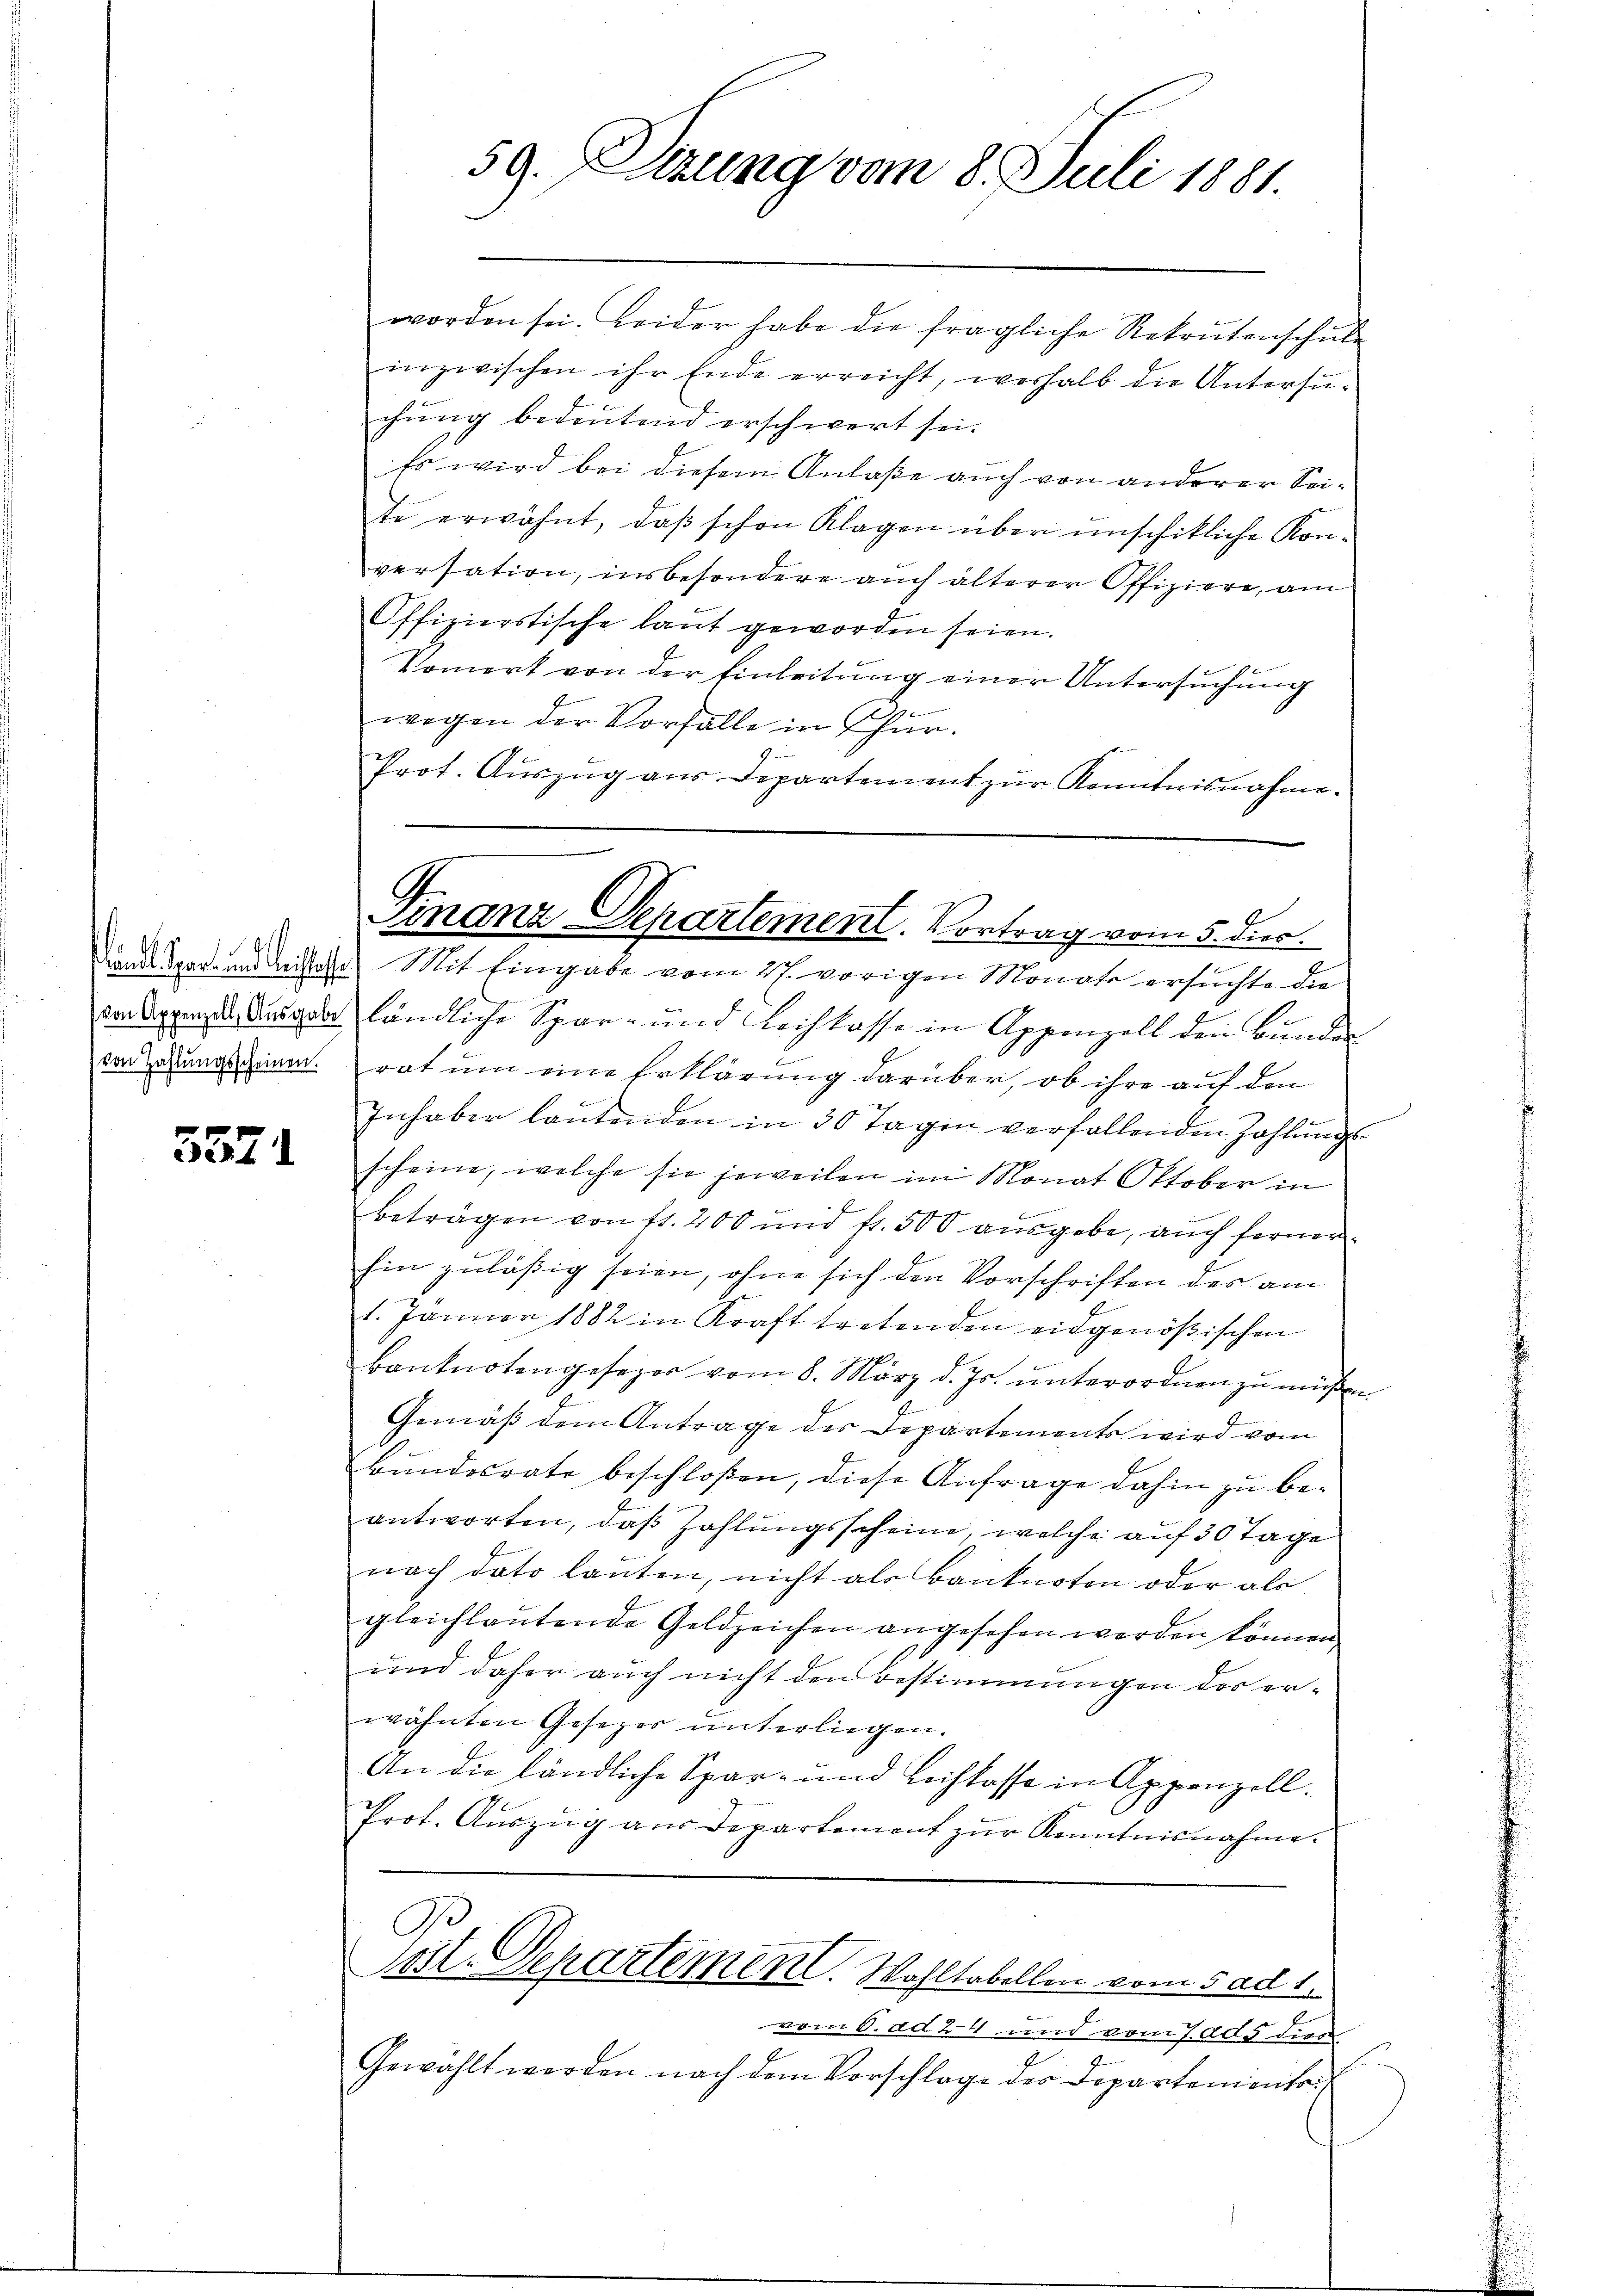
von Zahlungsscheinen.

3571

worden sei. Leider habe die fragliche Rekontenschule
inzwischen ihr Ende erreicht, weshalb die Untersuchung bedeutend erschwert sei.
Es wird bei diesem Anlaße auch von anderer Seite erwähnt, daβ schon Klagen über unschikliche Kon-
versation, insbesondere auch älterer Offiziere, am
Offizierstische laut geworden seien.
Vomert von der Einleitung einer Untersuchung
wegen der Vorfalle in Thur¬
Prot. Aŭszŭg aŭs Departement zŭr Kenntnisnahme.
Dam Spar- und Leister Mit Eingabe vom 27. vorigen Monate ersuchte die
von Appenze Ausgabe ländliche Spar- und Leichlasse in Appenzell den Bunden
rat um eine Erklärung darüber, ob ihre auf den
Inhaber lautenden in 30 Tagen verfallenden Zahlungsscheine, welche sie jeweilen im Monat Oktober in
beträgen von fr. 200 und fr. 500 ausgebe, auch ferner
hin zuläßig seien, ohne sich den Vorschriften des am
1. Jänner 1882 in Kraft tretenden eidgenößischen
Banknotengesezer vom 8. März d. Js. unterordnen zu müßen
Gemäß dem Antrage des Departements wird vom
Bundesrate beschloßen, diese Anfrage dahin zu beantworten, daß Zahlungsscheine, welche auf 30 Tage
nach dato lauten, nicht als Banknoten oder als
gleichlautende Geldzeichen angesehen worden können.
und daher auch nicht den Bestimmungen des erwähnten Gesezer ŭnterliegen.
An die ländliche Spar- und Leihkasse in Appenzell.
Prot. Aŭszŭg aŭs Departement zŭr Kenntnisnahme.
9
Post. Departement. Wohltabellen vom 5 ad 1.
vom 6. ad 24 und vom 7.005 dies
Gewählt werden nach dem Vorschlage der Departoniente

59. Sizung vom 8. Juli 1881.

b
Finanz-Departement. Vortrag vom 5. dies